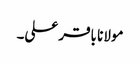
مولانا باقر علی۔